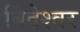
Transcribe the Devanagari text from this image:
बिंदेश्‍वर